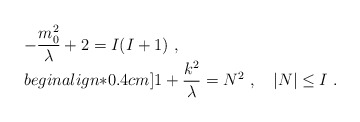
\begin{align*}\begin{array}{l}\displaystyle -\frac{m_{0}^2}{\lambda}+2=I(I+1)~,\\begin{align*}0.4cm]\displaystyle 1+\frac{k^2}{\lambda}=N^2~,\quad |N|\leq{I}~.\end{array}\end{align*}